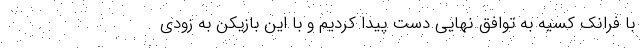
با فرانک کسیه به توافق نهایی دست پیدا کردیم و با این بازیکن به زودی